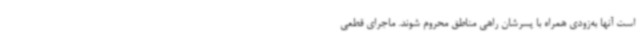
است آنها به‌زودی همراه با پسرشان راهی مناطق محروم شوند. ماجرای قطعی